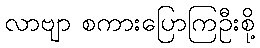
လာဗျာ စကားပြောကြဦးစို့